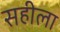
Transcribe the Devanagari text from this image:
सहीला